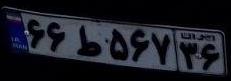
۶۶ط۵۶۷۳۶